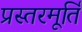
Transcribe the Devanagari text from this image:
प्रस्तरमूर्ति